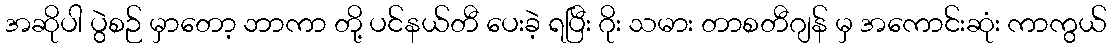
အဆိုပါ ပွဲစဉ် မှာတော့ ဘာကာ တို့ ပင်နယ်တီ ပေးခဲ့ ရပြီး ဂိုး သမား တာစတီဂျန် မှ အကောင်းဆုံး ကာကွယ်